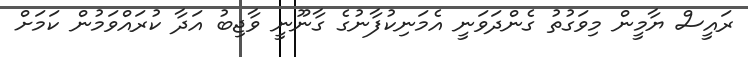
ރައީސް ޔާމީން މިވަގުތު ގެންދަވަނީ އެމަނިކުފާނުގެ ގާނޫނީ ވާޖިބު އަދާ ކުރައްވަމުން ކަމަށް